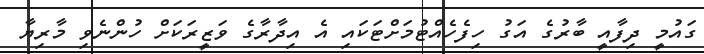
ގައުމީ ދިފާއީ ބާރުގެ އަގު ހިފެހެއްޓުމަށްޓަކައި އެ އިދާރާގެ ވަޒީރަކަށް ހުންނެވި މާރިޔާ